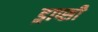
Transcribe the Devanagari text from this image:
ड्राप्सी